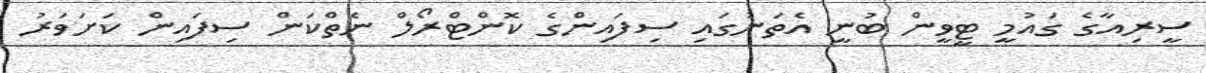
ސީރިއާގެ ގައުމީ ޓީވީން ބުނީ އެތަނުގައި ސިފައިންގެ ކޮންޓްރޯލް ނެތްކަން ސިފައިން ކަށަވަރު